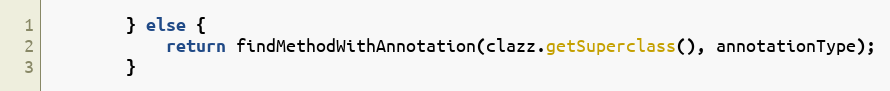
Language: Java
        } else {
            return findMethodWithAnnotation(clazz.getSuperclass(), annotationType);
        }